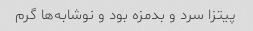
پیتزا سرد و بدمزه بود و نوشابه‌ها گرم